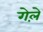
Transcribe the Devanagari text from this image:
गेले़